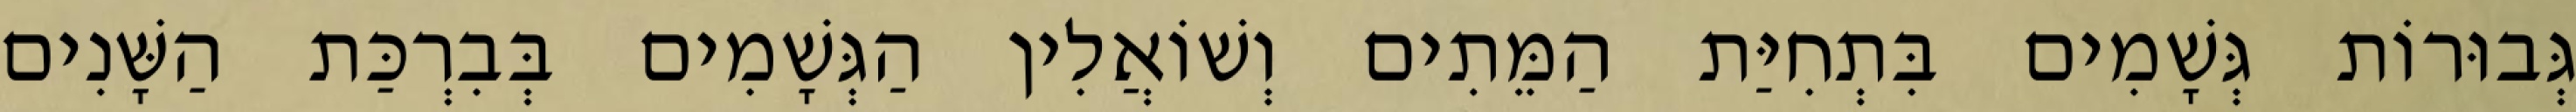
גְּבוּרוֹת גְּשָׁמִים בִּתְחִיַּת הַמֵּתִים וְשׁוֹאֲלִין הַגְּשָׁמִים בְּבִרְכַּת הַשָּׁנִים